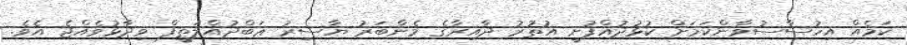
ކަމެއް އިހުސާސުވާންކަމަށް ކުޅުދުއްފުށީ އުތުރު ދާއިރާގެ މެންބަރު ޔާސިރު ޢަބްދުއްލަޠީފް ވިދާޅުވެއްޖެ އެވެ.